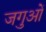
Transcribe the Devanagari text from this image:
जगुओं